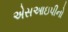
એસઆઇપીનો